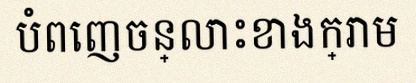
បំពេញចន្លោះខាងក្រោម